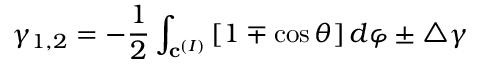
\gamma _ { 1 , 2 } = - \frac 1 2 \int _ { { \bf c } ^ { ( I ) } } \left[ 1 \mp \cos \theta \right] d \varphi \pm \triangle \gamma